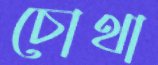
চোথা